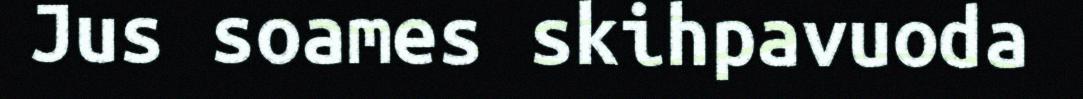
Jus soames skihpavuoda